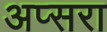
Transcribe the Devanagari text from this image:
अप्‍सरा